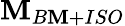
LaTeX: \mathbf{M}_{B\mathbf{M}+ISO}